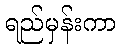
ရည်မှန်းကာ